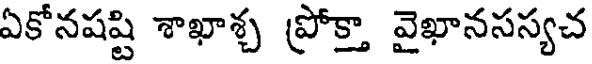
ఏకోనషష్టి శాఖాశ్చ ప్రోక్తా వైఖానసస్యచ